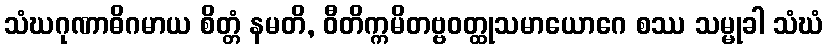
သံဃဂုဏာဓိဂမာယ စိတ္တံ နမတိ, ဝီတိက္ကမိတဗ္ဗဝတ္ထုသမာယောဂေ စဿ သမ္မုခါ သံဃံ